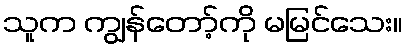
သူက ကျွန်တော့်ကို မမြင်သေး။